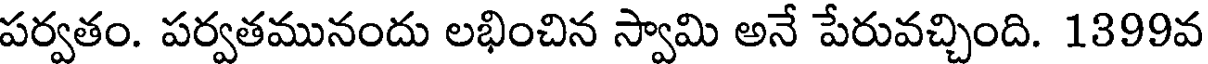
పర్వతం. పర్వతమునందు లభించిన స్వామి అనే పేరువచ్చింది. 1399వ